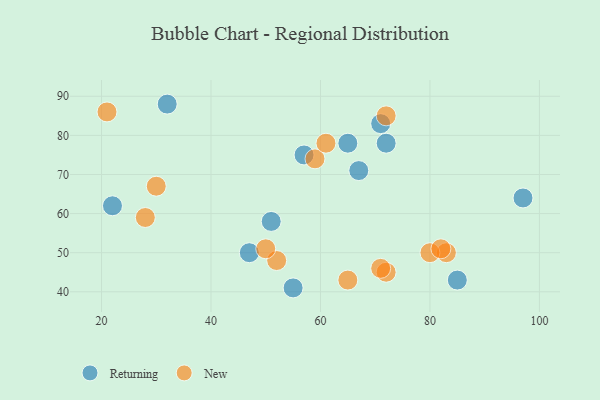
{"axis": {"x": "GDP", "y": "Life Expectancy"}, "legend": ["New", "Returning"], "data": [{"x": "55", "y": 41, "type": "Returning"}, {"x": "72", "y": 78, "type": "Returning"}, {"x": "47", "y": 50, "type": "Returning"}, {"x": "85", "y": 43, "type": "Returning"}, {"x": "65", "y": 78, "type": "Returning"}, {"x": "57", "y": 75, "type": "Returning"}, {"x": "32", "y": 88, "type": "Returning"}, {"x": "67", "y": 71, "type": "Returning"}, {"x": "51", "y": 58, "type": "Returning"}, {"x": "22", "y": 62, "type": "Returning"}, {"x": "97", "y": 64, "type": "Returning"}, {"x": "71", "y": 83, "type": "Returning"}, {"x": "52", "y": 48, "type": "New"}, {"x": "30", "y": 67, "type": "New"}, {"x": "72", "y": 45, "type": "New"}, {"x": "59", "y": 74, "type": "New"}, {"x": "21", "y": 86, "type": "New"}, {"x": "83", "y": 50, "type": "New"}, {"x": "28", "y": 59, "type": "New"}, {"x": "80", "y": 50, "type": "New"}, {"x": "50", "y": 51, "type": "New"}, {"x": "65", "y": 43, "type": "New"}, {"x": "61", "y": 78, "type": "New"}, {"x": "71", "y": 46, "type": "New"}, {"x": "82", "y": 51, "type": "New"}, {"x": "72", "y": 85, "type": "New"}]}